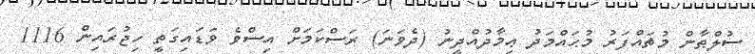
ސުލްޠާން މުޡައްފަރު މުޙައްމަދު ޢިމާދުއްދީނު (ދެވަނަ) ރަސްކަމަށް އިސްވެ ވަޑައިގަތީ ހިޖުރައިން 1116